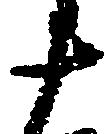
十